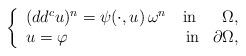
LaTeX: \begin{align*}\left\lbrace\begin{array}{lcr}(dd^c u)^n=\psi(\cdot,u) \, \omega^n & \textnormal{in} & \Omega,\\u=\varphi& \textnormal{ in} & \partial \Omega,\end{array}\right.\end{align*}